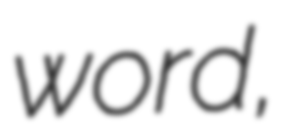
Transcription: word,